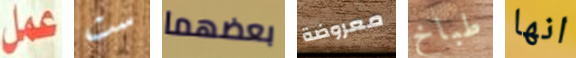
عمل ست بعضهما معروضة طباخ انها